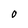
Character: O